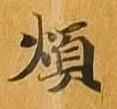
煩